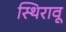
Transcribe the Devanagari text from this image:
स्थिरावू